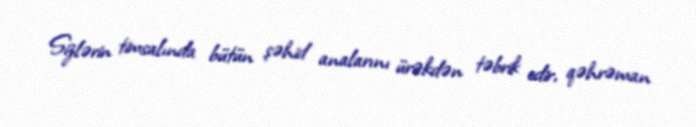
Sizlərin timsalında bütün şəhid analarını ürəkdən təbrik edir, qəhrəman